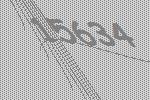
15634